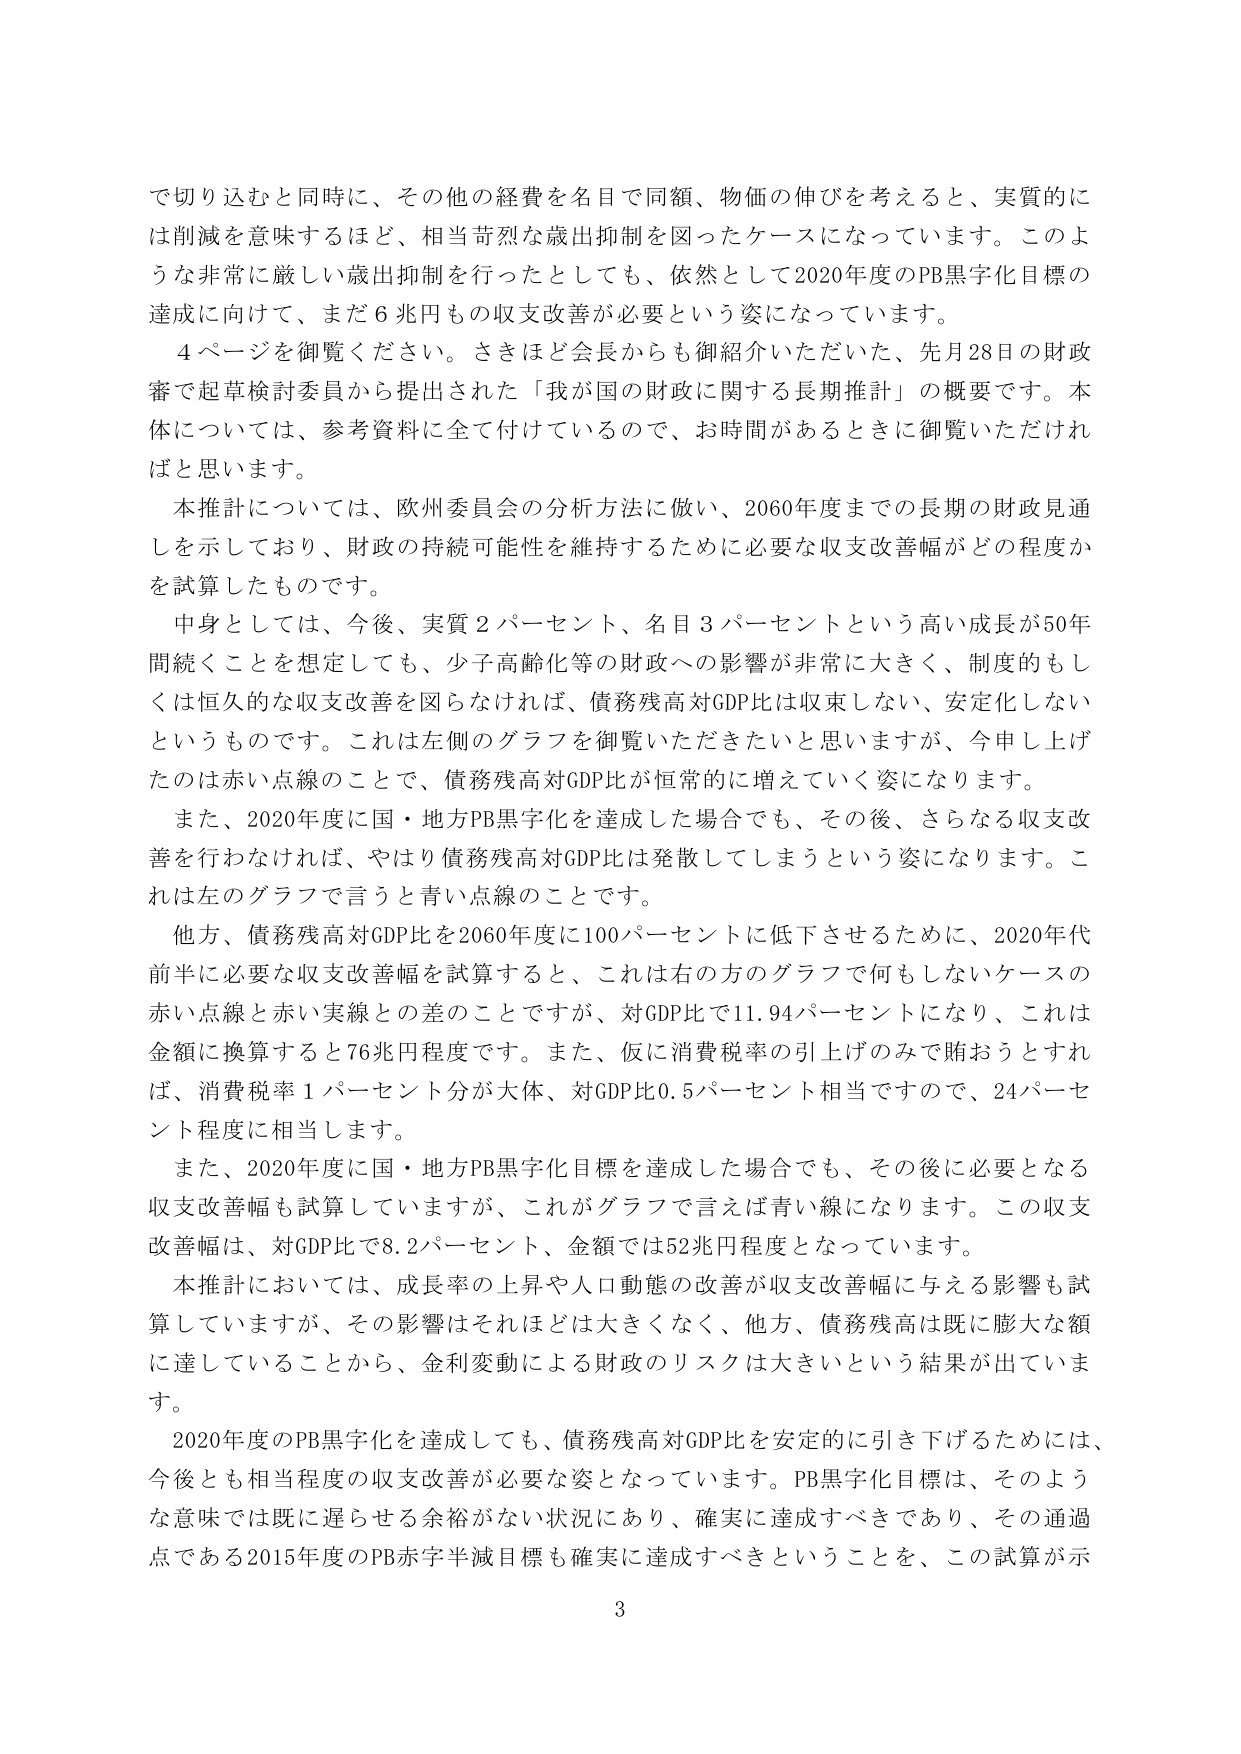
で切り込むと同時に、その他の経費を名目で同額、物価の伸びを考えると、実質的には削減を意味するほど、相当苛烈な歳出抑制を図ったケースになっています。このような非常に厳しい歳出抑制を行ったとしても、依然として2020年度のPB黒字化目標の達成に向けて、まだ6兆円もの収支改善が必要という姿になっています。

4ページを御覧ください。さきほど会長からも御紹介いただいた、先月28日の財政審で起草検討委員から提出された「我が国の財政に関する長期推計」の概要です。本体については、参考資料に全て付けているので、お時間があるときに御覧いただければと思います。

本推計については、欧州委員会の分析方法に倣い、2060年度までの長期の財政見通しを示しており、財政の持続可能性を維持するために必要な収支改善幅がどの程度かを試算したものです。

中身としては、今後、実質2パーセント、名目3パーセントという高い成長が50年間続くことを想定しても、少子高齢化等の財政への影響が非常に大きく、制度的もしくは恒久的な収支改善を図らなければ、債務残高対GDP比は収束しない、安定化しないというものです。これは左側のグラフを御覧いただきたいと思いますが、今申し上げたのは赤い点線のことで、債務残高対GDP比が恒常的に増えていく姿になります。

また、2020年度に国・地方PB黒字化を達成した場合でも、その後、さらなる収支改善を行わなければ、やはり債務残高対GDP比は発散してしまうという姿になります。これは左のグラフで言うと青い点線のことです。

他方、債務残高対GDP比を2060年度に100パーセントに低下させるために、2020年代前半に必要な収支改善幅を試算すると、これは右の方のグラフで何もしないケースの赤い点線と赤い実線との差のことですが、対GDP比で11.94パーセントになり、これは金額に換算すると76兆円程度です。また、仮に消費税率の引上げのみで賄おうとすれば、消費税率1パーセント分が大体、対GDP比0.5パーセント相当ですので、24パーセント程度に相当します。

また、2020年度に国・地方PB黒字化目標を達成した場合でも、その後に必要となる収支改善幅も試算していますが、これがグラフで言えば青い線になります。この収支改善幅は、対GDP比で8.2パーセント、金額では52兆円程度となっています。

本推計においては、成長率の上昇や人口動態の改善が収支改善幅に与える影響も試算していますが、その影響はそれほど大きくなく、他方、債務残高は既に膨大な額に達していることから、金利変動による財政のリスクは大きいという結果が出ています。

2020年度のPB黒字化を達成しても、債務残高対GDP比を安定的に引き下げるためには、今後とも相当程度の収支改善が必要な姿となっています。PB黒字化目標は、そのような意味では既に遅らせせる余裕がない状況にあり、確実に達成すべきであり、その通過点である2015年度のPB赤字半減目標も確実に達成すべきということを、この試算が示

3